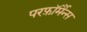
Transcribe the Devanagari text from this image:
परफ़ॉर्मैन्स